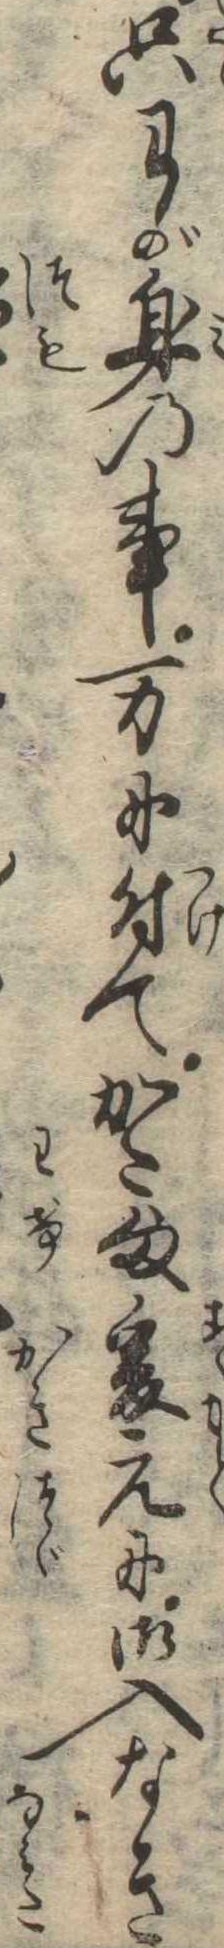
只わが身の事万に付てかた様爰元に御入なき